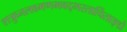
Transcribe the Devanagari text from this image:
शत्रुघ्नलक्ष्मणभवद्भरतार्चिताङ्घ्रे